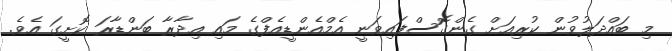
މި ބައްދަލުވުން ކުރިއަށް ގެންގޮސްފައިވަނީ އެމްއެންޑީއެފްގެ މައި އިދާރާ ބަންޑާރަ ކޮށީގަ އެވެ.